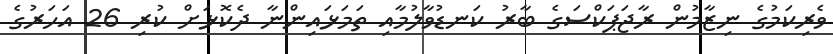
ވެރިކަމުގެ ނިޒާމުން ރާޖަޕަކްސަގެ ބާރު ކަނޑުވާލުމާއި ތަމަޅައިންނާ ދެކޮޅަށް ކުރި 26 އަހަރުގެ